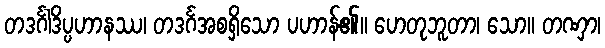
တဒင်္ဂါဒိပ္ပဟာနဿ၊ တဒင်္ဂအစရှိသော ပဟာန်၏။ ဟေတုဘူတာ၊ သော။ တဏှာ၊